Civil Veterinary Department. United Provinces 1932-42 - 1932-1942
Year: 1932
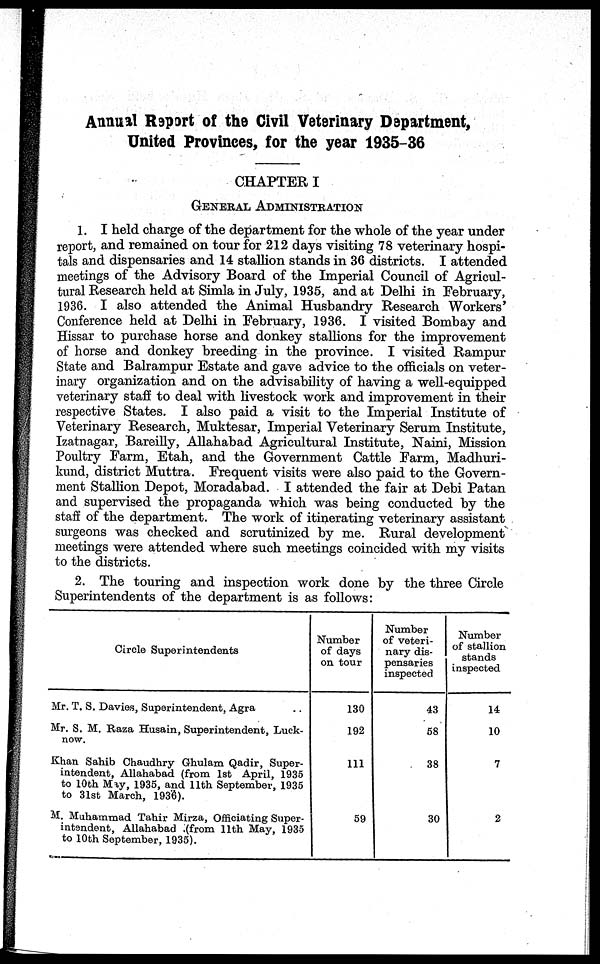
Annual Report of the Civil Veterinary Department,
United Provinces, for the year 1935-36
CHAPTER I
GENERAL ADMINISTRATION
1. I held charge of the department for the whole of the year under
report, and remained on tour for 212 days visiting 78 veterinary hospi-
tals and dispensaries and 14 stallion stands in 36 districts. I attended
meetings of the Advisory Board of the Imperial Council of Agricul-
tural Research held at Simla in July, 1935, and at Delhi in February,
1936. I also attended the Animal Husbandry Research Workers'
Conference held at Delhi in February, 1936. I visited Bombay and
Hissar to purchase horse and donkey stallions for the improvement
of horse and donkey breeding in the province. I visited Rampur
State and Balrampur Estate and gave advice to the officials on veter-
inary organization and on the advisability of having a well-equipped
veterinary staff to deal with livestock work and improvement in their
respective States. I also paid a visit to the Imperial Institute of
Veterinary Research, Muktesar, Imperial Veterinary Serum Institute,
Izatnagar, Bareilly, Allahabad Agricultural Institute, Naini, Mission
Poultry Farm, Etah, and the Government Cattle Farm, Madhuri-
kund, district Muttra. Frequent visits were also paid to the Govern-
ment Stallion Depot, Moradabad. I attended the fair at Debi Patan
and supervised the propaganda which was being conducted by the
staff of the department. The work of itinerating veterinary assistant
surgeons was checked and scrutinized by me. Rural development
meetings were attended where such meetings coincided with my visits
to the districts.
2. The touring and inspection work done by the three Circle
Superintendents of the department is as follows:
Circle Superintendents
Mr. T. S. Davies, Superintendent, Agra
Mr. S. M. Raza Husain, Superintendent, Luck-
now.
Khan Sahib Chaudhry Ghulam Qadir, Super-
intendent, Allahabad (from 1st April, 1935
to 10th May, 1935, and 11th September, 1935
to 31st March, 1936).
M. Muhammad Tahir Mirza, Officiating Super-
intendent, Allahabad ; (from 11th May, 1935
to 10th September, 1935).
Number
of days
on tour
130
192
111
59
Number
of veteri-
nary dis-
pensaries
inspected
43
58
38
30
Number
of stallion
stands
inspected
14
10
7
2